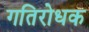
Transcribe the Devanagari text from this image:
गतिरोधक